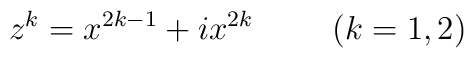
z^k=x^{2k-1}+ix^{2k} \hspace{1cm} (k=1,2)